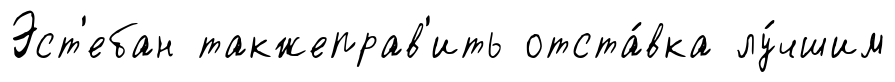
Эст'ебан такжеправ'ить отста́вка лу́чшим